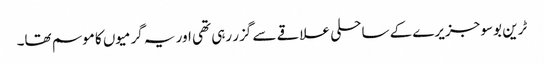
ٹرین بوسو جزیرے کے ساحلی علاقے سے گزر رہی تھی اور یہ گرمیوں کا موسم تھا۔